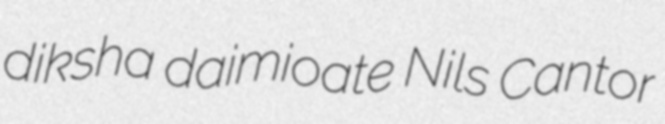
diksha daimioate Nils Cantor